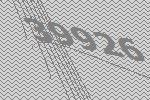
39926